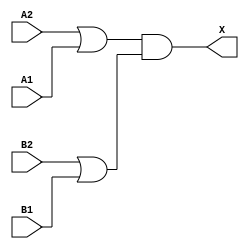
module sky130_fd_sc_hd__o22a (
    X ,
    A1,
    A2,
    B1,
    B2
);

    // Module ports
    output X ;
    input  A1;
    input  A2;
    input  B1;
    input  B2;

    // Local signals
    wire or0_out   ;
    wire or1_out   ;
    wire and0_out_X;

    //  Name  Output      Other arguments
    or  or0  (or0_out   , A2, A1          );
    or  or1  (or1_out   , B2, B1          );
    and and0 (and0_out_X, or0_out, or1_out);
    buf buf0 (X         , and0_out_X      );

endmodule